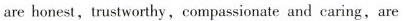
are honest,trustworthy,compassionate and caring,are